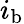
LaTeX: i_{\mathrm{b}}